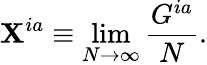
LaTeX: \mathbf{X}^{ia}\equiv\operatorname*{lim}_{N\rightarrow\infty}{\frac{{G^{ia}}}{{N}}}.